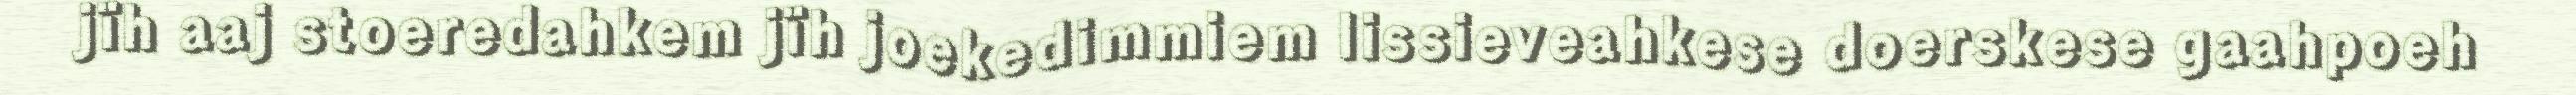
jïh aaj stoeredahkem jïh joekedimmiem lissieveahkese doerskese gaahpoeh